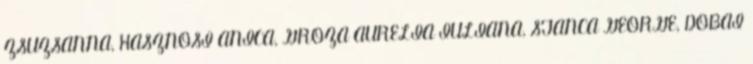
ZSUZSANNA, HASZNOSI ANICA, GROZA AURELIA IULIANA, STANCA GEORGE, DOBAI